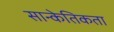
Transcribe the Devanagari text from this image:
सान्केतिकता